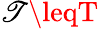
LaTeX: \mathscr{T}\leqT